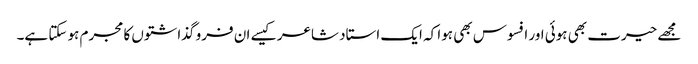
مجھے حیرت بھی ہوئی اور افسوس بھی ہوا کہ ایک استاد شاعر کیسے ان فرو گذاشتوں کا مجرم ہو سکتا ہے۔